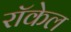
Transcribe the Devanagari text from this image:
राॅकेल